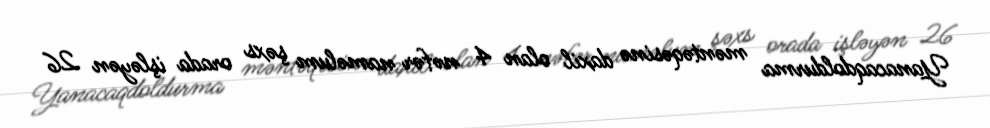
Yanacaqdoldurma məntəqəsinə daxil olan 4 nəfər naməlum şəxs orada işləyən 26